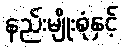
နည်းမျိုးစုံနှင့်